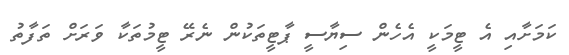
ކަމަށާއި އެ ޓީމަކީ އެހެން ސިޔާސީ ޕާޓީތަކުން ނެރޭ ޓީމުތަކާ ވަރަށް ތަފާތު